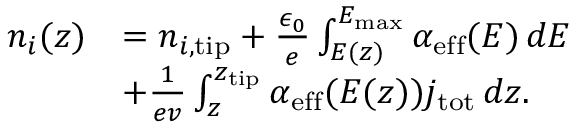
\begin{array} { r l } { n _ { i } ( z ) } & { = n _ { i , \mathrm { t i p } } + \frac { \epsilon _ { 0 } } { e } \int _ { E ( z ) } ^ { E _ { \mathrm { m a x } } } \alpha _ { \mathrm { e f f } } ( E ) \, d E } \\ & { + \frac { 1 } { e v } \int _ { z } ^ { z _ { \mathrm { t i p } } } \alpha _ { \mathrm { e f f } } ( E ( z ) ) j _ { \mathrm { t o t } } \, d z . } \end{array}